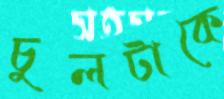
চুলটাকে